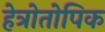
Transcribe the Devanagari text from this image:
हेत्रोतोपिक